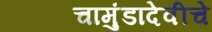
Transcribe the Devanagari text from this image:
चामुंडादेवीचे